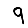
Digit: 9